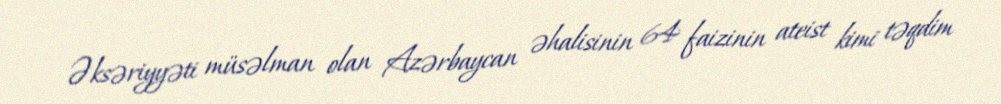
Əksəriyyəti müsəlman olan Azərbaycan əhalisinin 64 faizinin ateist kimi təqdim